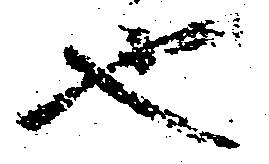
也